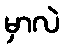
မှာလဲ